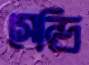
সেন্দ্রি